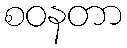
စဝနတာ